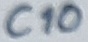
Text: C10